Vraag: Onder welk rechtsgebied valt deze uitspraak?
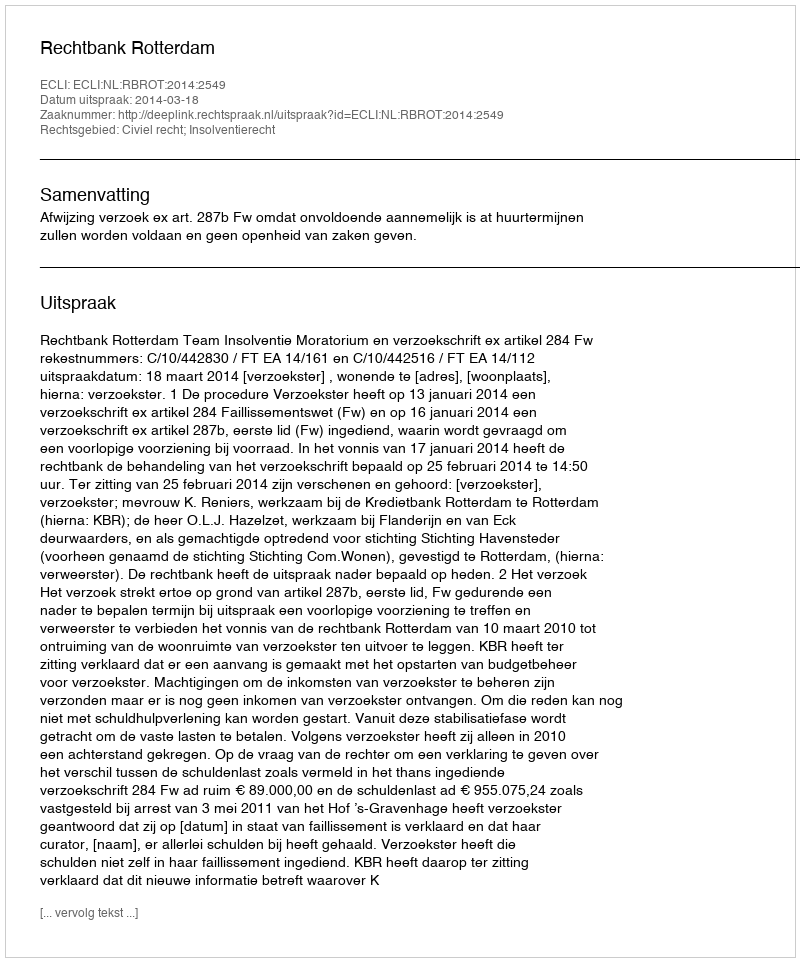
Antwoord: Civiel recht; Insolventierecht